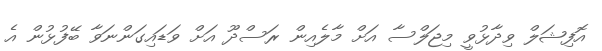
އޮފިޝަލް ވިދާޅުވީ މިޖަލްސާ އަށް މާލެއިން ރަސްދޫ އަށް ވަޑައިގަންނަވާ ބޭފުޅުން އެ